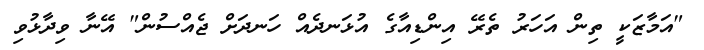
"އަމާޒަކީ ތިން އަހަރު ތެރޭ އިންޑިއާގެ އުޅަނދެއް ހަނދަށް ޖެއްސުން" އޭނާ ވިދާޅުވި